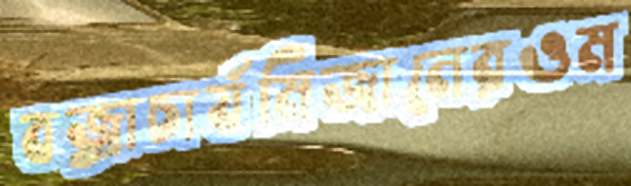
বজ্রাচার্যমিজানেরওম